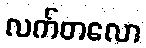
လက်တလော